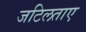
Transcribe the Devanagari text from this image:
जटिलताए